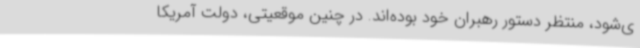
ی‌شود، منتظر دستور رهبران خود بوده‌اند. در چنین موقعیتی، دولت آمریکا